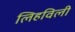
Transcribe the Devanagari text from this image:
लिहविली